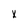
Character: x